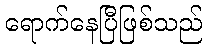
ရောက်နေပြီဖြစ်သည်